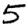
Digit: 5